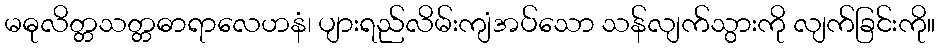
မဓုလိတ္တသတ္တဓာရာလေဟနံ၊ ပျားရည်လိမ်းကျံအပ်သော သန်လျက်သွားကို လျက်ခြင်းကို။